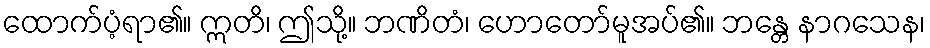
ထောက်ပံ့ရာ၏။ ဣတိ၊ ဤသို့။ ဘဏိတံ၊ ဟောတော်မူအပ်၏။ ဘန္တေ နာဂသေန၊